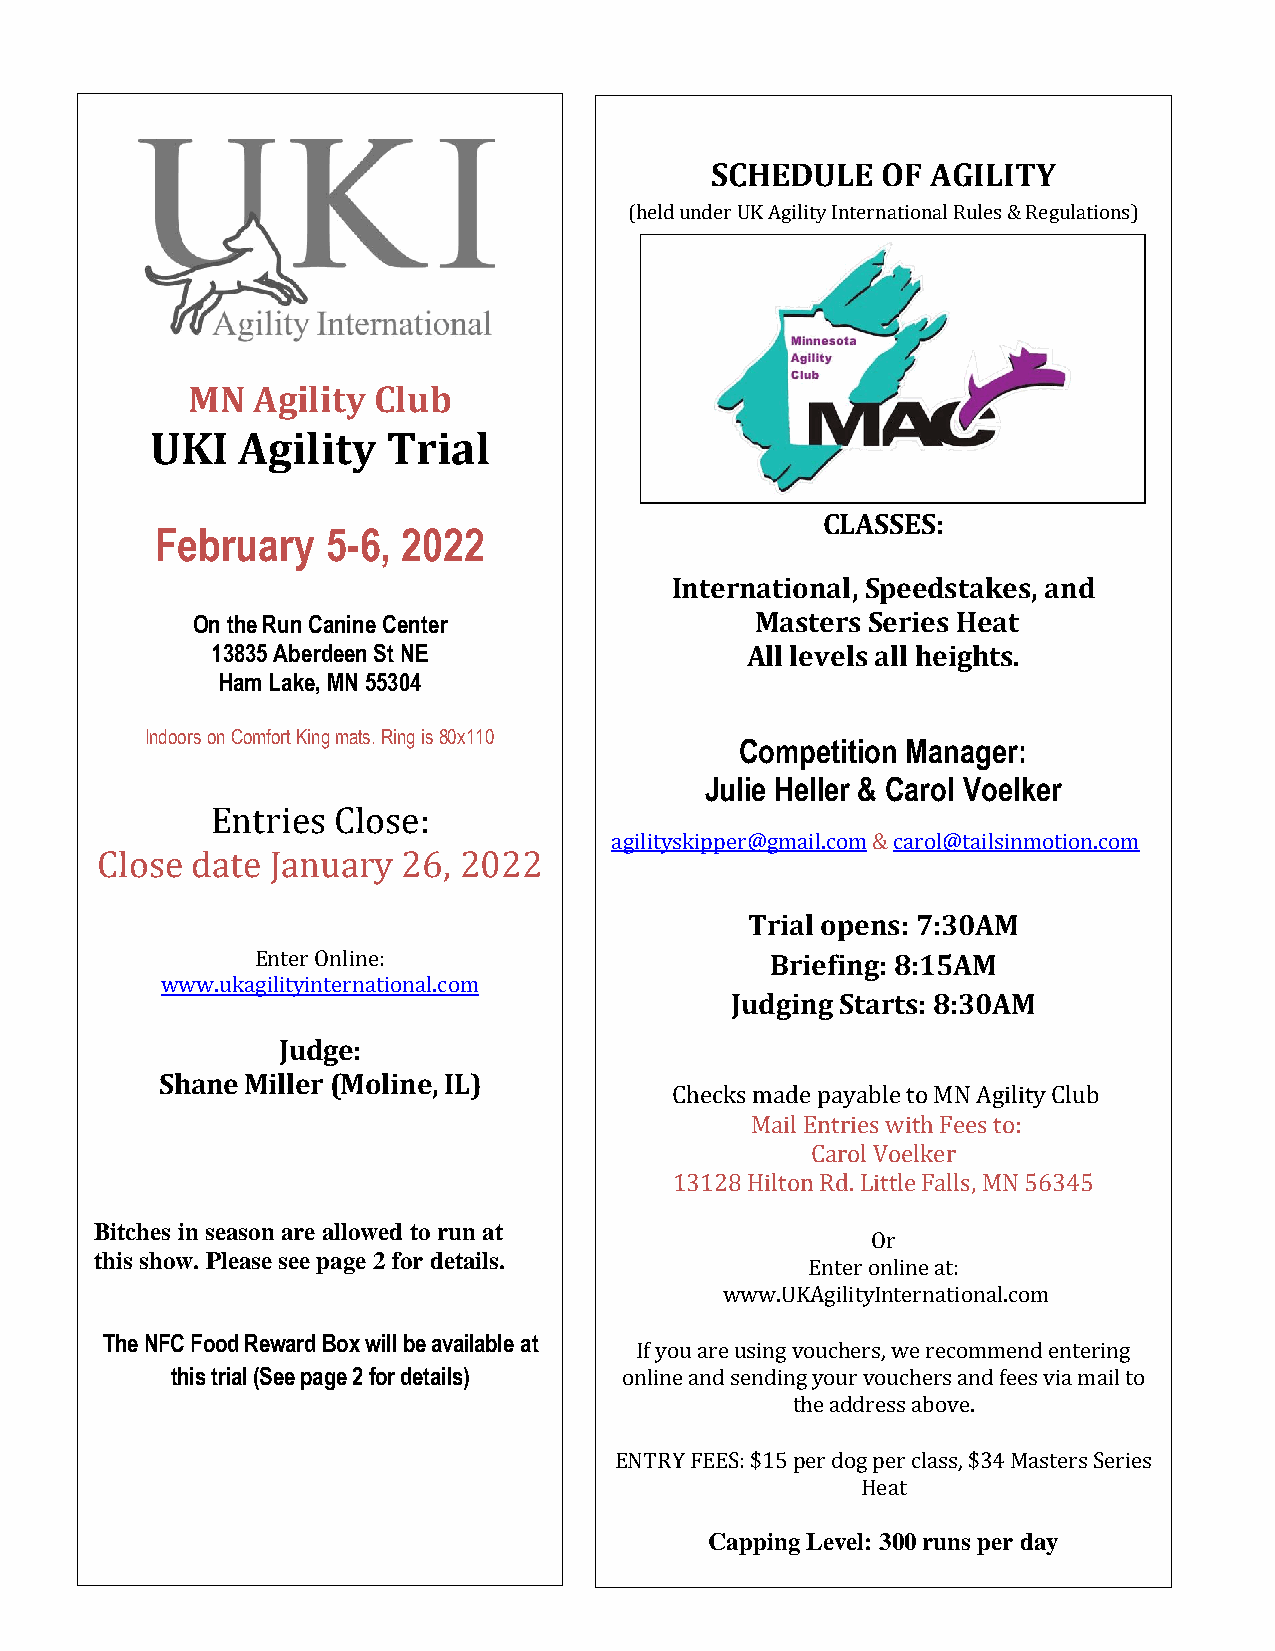
SCHEDULE   OF  AGILITY
 (held under UK Agility International Rules & Regulations)
 MN   Agility Club
 UKI   Agility   Trial
 CLASSES:
 February    5-6, 2022
 International, Speedstakes, and
 On the Run Canine Center             Masters Series Heat
 13835 Aberdeen St NE               All levels all heights.
 Ham Lake, MN 55304
 Indoors on Comfort King mats. Ring is 80x110
 Competition Manager:
 Julie Heller & Carol Voelker
 Entries Close:
 agilityskipper@gmail.com & carol@tailsinmotion.com
 Close  date January  26, 2022
 Trial opens: 7:30AM
 Enter Online:                     Briefing: 8:15AM
 www.ukagilityinternational.com
 Judging Starts: 8:30AM
 Judge:
 Shane Miller (Moline, IL)
 Checks made payable to MN Agility Club
 Mail Entries with Fees to:
 Carol Voelker
 13128 Hilton Rd. Little Falls, MN 56345
 Bitches in season are allowed to run at
 Or
 this show. Please see page 2 for details.
 Enter online at:
 www.UKAgilityInternational.com
 The NFC Food Reward Box will be available at
 If you are using vouchers, we recommend entering
 this trial (See page 2 for details) online and sending your vouchers and fees via mail to
 the address above.
 ENTRY FEES: $15 per dog per class, $34 Masters Series
 Heat
 Capping Level: 300 runs per day